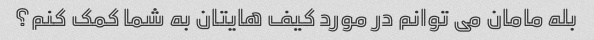
بله مامان می توانم در مورد کیف هایتان به شما کمک کنم؟